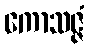
ကောသဇ္ဇံ